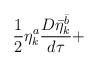
\begin{align*}\frac 12 \eta^a_k\frac{D{\bar\eta}^{\bar b}_k}{d\tau}+\end{align*}